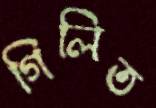
গিলিত